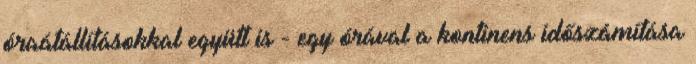
óraátállításokkal együtt is - egy órával a kontinens időszámítása